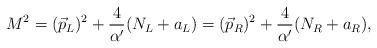
LaTeX: \begin{align*}M^2=(\vec{p}_L)^2+{4\over{\alpha^{\prime}}}(N_L+a_L)=(\vec{p}_R)^2+{4\over{\alpha^{\prime}}}(N_R+a_R),\end{align*}